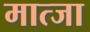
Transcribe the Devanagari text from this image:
मात्जा